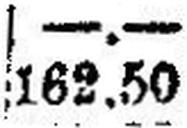
162.50